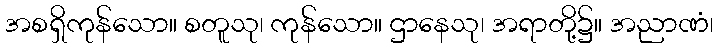
အစရှိကုန်သော။ စတူသု၊ ကုန်သော။ ဌာနေသု၊ အရာတို့၌။ အညာဏံ၊